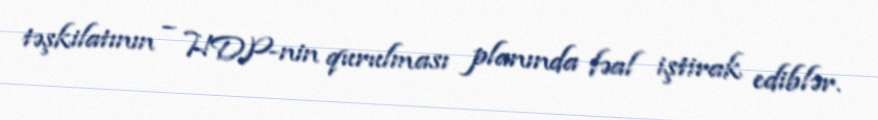
təşkilatının – HDP-nin qurulması planında fəal iştirak ediblər.